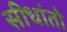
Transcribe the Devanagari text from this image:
सीधांतो